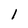
Character: 1